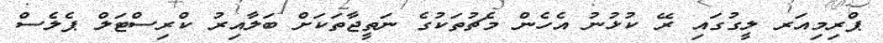
ޕްރިމިއަރ ލީގުގައި ރޭ ކުޅުނު އެހެން މެޗުތަކުގެ ނަތީޖާތަކަށް ބަލާއިރު ކްރިސްޓަލް ޕެލެސް